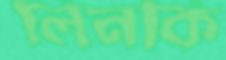
লিনকি